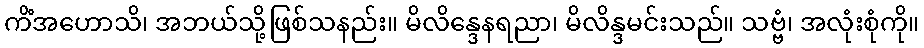
ကိံအဟောသိ၊ အဘယ်သို့ဖြစ်သနည်း။ မိလိန္ဒေနရညာ၊ မိလိန္ဒမင်းသည်။ သဗ္ဗံ၊ အလုံးစုံကို။